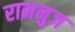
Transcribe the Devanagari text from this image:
रामनुज